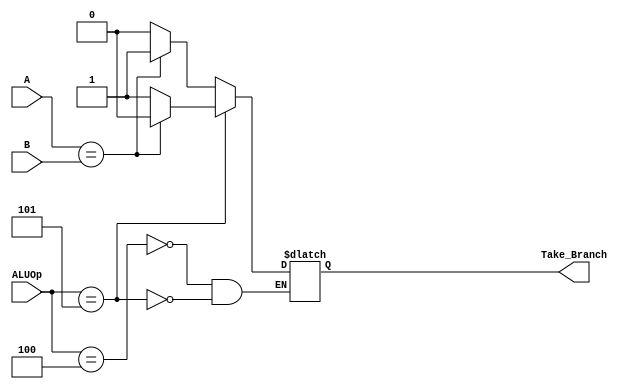
`timescale 1ns / 1ps
//////////////////////////////////////////////////////////////////////////////////
// Company: 
// Engineer: 
// 
// Design Name: 
// Module Name:    Compare 
// Project Name: 
// Target Devices: 
// Tool versions: 
// Description: 
//
// Dependencies: 
//
// Revision: 
// Revision 0.01 - File Created
// Additional Comments: 
//
//////////////////////////////////////////////////////////////////////////////////
module Compare(	
		input signed [31:0] A,
		input signed [31:0] B,
		input [2:0] ALUOp,
		output Take_Branch
		);
		
		reg Compare;
		assign Take_Branch = Compare;
		
		
		always@(ALUOp,A,B) begin
		
			case(ALUOp)
				
				//beq
				3'b100: begin
					if(A==B)begin
						Compare <= 1;
					end
					else begin
						Compare <= 0;
					end
				end		
				
				//bne
				3'b101: begin
						if(A == B) begin 
							Compare <= 0;
						end
						else begin
							Compare <= 1;
						end
					end
						
			endcase
		
		end
		

		

endmodule